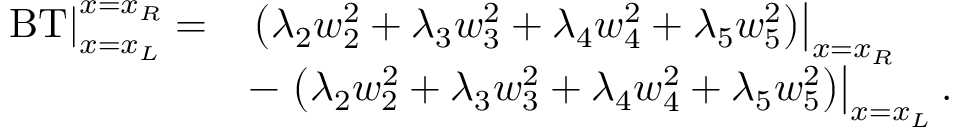
\begin{array} { r l } { \left. \operatorname { B T } \right| _ { x = x _ { L } } ^ { x = x _ { R } } = } & { \left. \left( \lambda _ { 2 } { w } _ { 2 } ^ { 2 } + \lambda _ { 3 } { w } _ { 3 } ^ { 2 } + \lambda _ { 4 } { w } _ { 4 } ^ { 2 } + \lambda _ { 5 } { w } _ { 5 } ^ { 2 } \right) \right| _ { x = x _ { R } } } \\ & { - \left. \left( \lambda _ { 2 } { w } _ { 2 } ^ { 2 } + \lambda _ { 3 } { w } _ { 3 } ^ { 2 } + \lambda _ { 4 } { w } _ { 4 } ^ { 2 } + \lambda _ { 5 } { w } _ { 5 } ^ { 2 } \right) \right| _ { x = x _ { L } } . } \end{array}